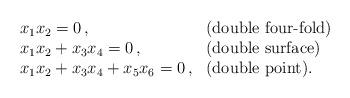
LaTeX: \begin{align*}\begin{array}{ll} x_1 x_2 = 0 \,, & \hbox{(double four-fold)} \\ x_1 x_2 + x_3 x_4 = 0 \,, & \hbox{(double surface)} \\ x_1 x_2 + x_3 x_4 + x_5 x_6 = 0 \,, & \hbox{(double point).}\end{array} \end{align*}